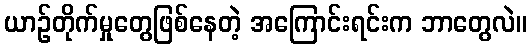
ယာဉ်တိုက်မှုတွေဖြစ်နေတဲ့ အကြောင်းရင်းက ဘာတွေလဲ။